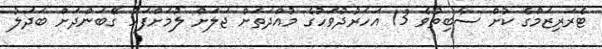
ޓެރަރިޒަމްގެ ކުށް ސާބިތުވެ 13 އަހަރުދުވަހުގެ މުއްދަތަށް ޖަލަށް ލުމަށްފަހު ގޭބަންދަށް ބަދަލު